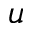
u